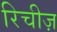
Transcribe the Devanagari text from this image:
रिचीज़